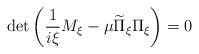
\begin{align*}\det\left(\frac{1}{i\xi}M_\xi-\mu \widetilde\Pi_\xi\Pi_\xi\right)=0\end{align*}